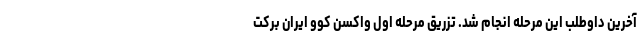
آخرین داوطلب این مرحله انجام شد. تزریق مرحله اول واکسن کوو ایران برکت